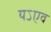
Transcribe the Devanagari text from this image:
यऽएव